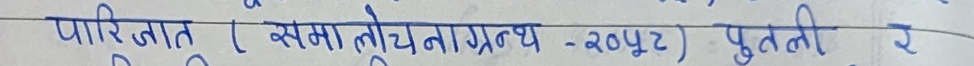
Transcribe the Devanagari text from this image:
पारिजात (समालोचनाग्रंथ - २०४२) पुतली र